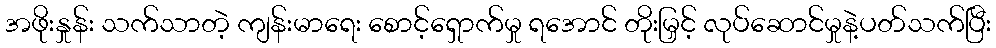
အဖိုးနှုန်း သက်သာတဲ့ ကျန်းမာရေး စောင့်ရှောက်မှု ရအောင် တိုးမြှင့် လုပ်ဆောင်မှုနဲ့ပတ်သက်ပြီး